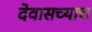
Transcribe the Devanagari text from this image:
देवासच्याच